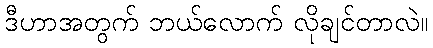
ဒီဟာအတွက် ဘယ်လောက် လိုချင်တာလဲ။